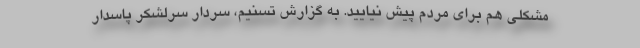
مشکلی هم برای مردم پیش نیایید. به گزارش تسنیم، سردار سرلشکر پاسدار